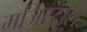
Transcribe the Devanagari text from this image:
मजिस्ट्राले